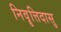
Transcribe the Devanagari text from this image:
निवॄत्तिदासु